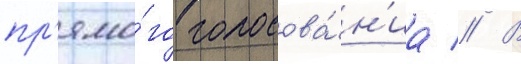
пр'ямо́го голосова́н'иа // В